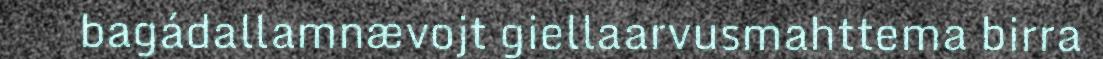
bagádallamnævojt giellaarvusmahttema birra